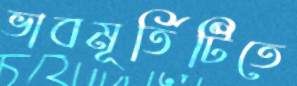
ভাবমূর্তিটিতে